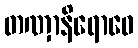
တဏှာနိရောဓေ